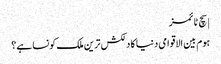
| سچ ٹائمز
ہوم بین الاقوامی دنیا کا دلکش ترین ملک کونسا ہے؟